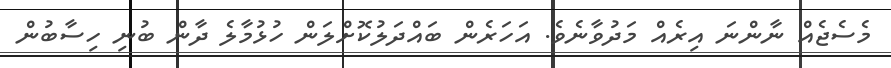
މެސެޖެއް ނާންނަ އިރެއް މަދުވާނެވެ. އަހަރެން ބައްދަލުކޮށްލަން ހުޅުމާލެ ދާން ބުނި ހިސާބުން